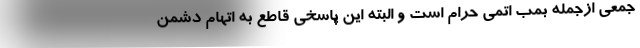
جمعی ازجمله بمب اتمی حرام است و البته این پاسخی قاطع به اتهام دشمن